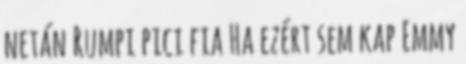
netán Rumpi pici fia Ha ezért sem kap Emmy